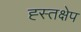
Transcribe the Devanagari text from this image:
ह्स्तक्षेप